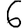
Digit: 6